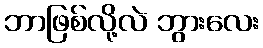
ဘာဖြစ်လို့လဲ ဘွားလေး